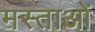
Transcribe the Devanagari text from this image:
मस्ताओं